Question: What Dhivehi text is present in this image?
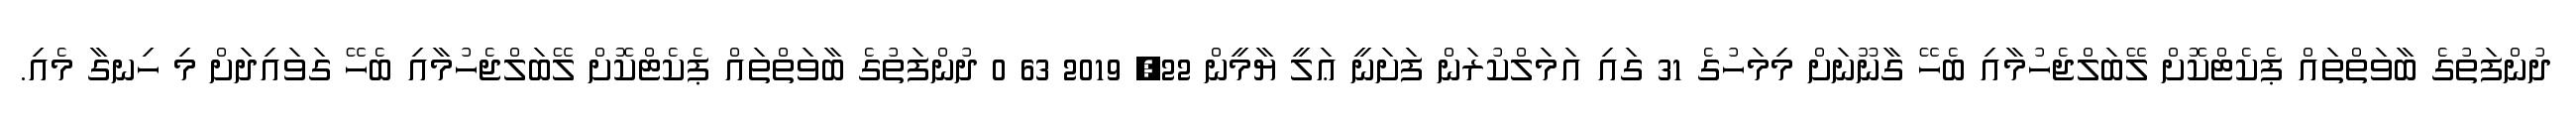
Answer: ދުންފަތުގެ ބާވަތްތައް ޕެކެޓްކޮށް ލޭބަލްޖެހުމާއި ބެހޭ ގާނޫނަށް މިމަހުގެ 31 ގައި އަމަލްކުރަން ފަށަނީ ޢަލީ ޔާމީން 22, 2019 63 0 ދުންފަތުގެ ބާވަތްތައް ޕެކެޓްކޮށް ލޭބަލްޖެހުމާއި ބެހޭ ގަވައިދަށް މި ހިނގާ މެއި.